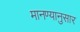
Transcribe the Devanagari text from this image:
मानण्यानुसार